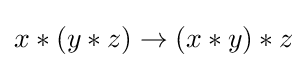
x*(y*z)\rightarrow (x*y)*z